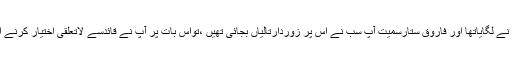
تو قائد تحریک الطاف حسین بھائی سے پہلے یہ نعرہ توعامرخان نے لگایاتھا اور فاروق ستارسمیت آپ سب نے اس پر زوردارتالیاں بجائی تھیں ،تواس بات پر آپ نے قائدسے لاتعلقی اختیار کرنے اور قائد کو الگ کرنے کے بجائے اپنے آپ کو الگ کیوں نہ کیا؟